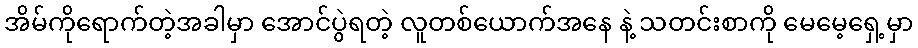
အိမ်ကိုရောက်တဲ့အခါမှာ အောင်ပွဲရတဲ့ လူတစ်ယောက်အနေ နဲ့ သတင်းစာကို မေမေ့ရှေ့မှာ